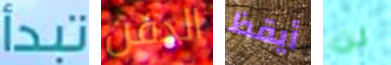
تبدأ الدفن أيقظ لن